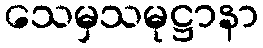
သေမှသမုဋ္ဌာနာ